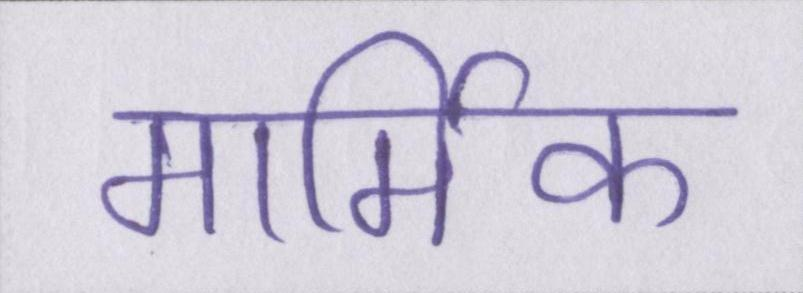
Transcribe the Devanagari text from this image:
मार्मिक